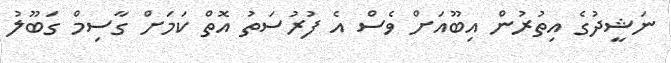
ނަޝީދުގެ އިތުރުން އިބޫއަށް ވެސް އެ ފުރުސަތު އޮތް ކަމަށް ގާސިމް ގަބޫލު